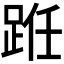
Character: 𫏊